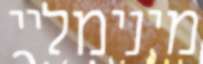
מינימליי